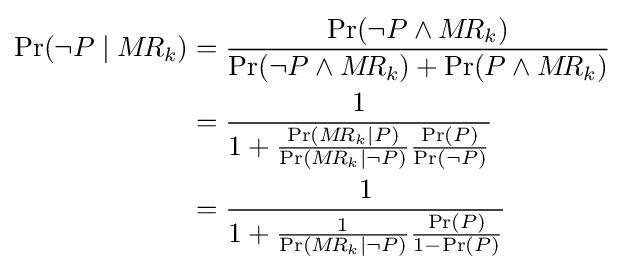
{\begin{aligned}\Pr(\lnot P\mid M\!R_{k})&={\frac {\Pr(\lnot P\land M\!R_{k})}{\Pr(\lnot P\land M\!R_{k})+\Pr(P\land M\!R_{k})}}\\&={\frac {1}{1+{\frac {\Pr(M\!R_{k}\mid P)}{\Pr(M\!R_{k}\mid \lnot P)}}{\frac {\Pr(P)}{\Pr(\lnot P)}}}}\\&={\frac {1}{1+{\frac {1}{\Pr(M\!R_{k}\mid \lnot P)}}{\frac {\Pr(P)}{1-\Pr(P)}}}}\end{aligned}}